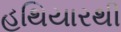
હથિયારથી